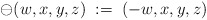
\begin{align*}\ominus (w,x,y,z) \; := \; (-w,x,y,z)\end{align*}